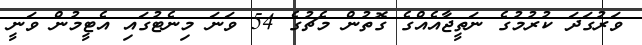
ވަރުގަދަ ކުރުމުގެ ނަތީޖާއެއްގެ ގޮތުން މެޗުގެ 54 ވަނަ މިނެޓުގައި އެޓީމުން ވަނީ